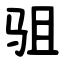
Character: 驵